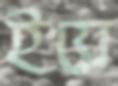
ইয়ে